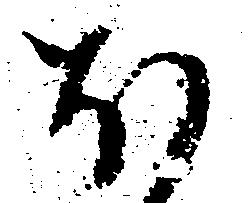
ほ